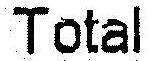
TOTAL